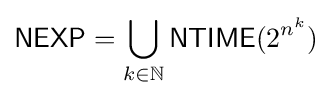
{\mathsf {NEXP}}=\bigcup _{k\in \mathbb {N} }{\mathsf {NTIME}}(2^{n^{k}})